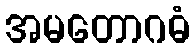
အမတောဂဓံ